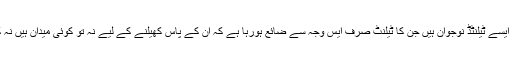
یہاں بے شمار ایسے ٹیلنٹڈ نوجوان ہیں جن کا ٹیلنٹ صرف ایس وجہ سے ضائع ہورہا ہے کہ ان کے پاس کھیلنے کے لیے نہ تو کوئی میدان ہیں نہ کوئی سہولیات۔